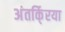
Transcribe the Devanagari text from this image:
अंतर्कि्रया